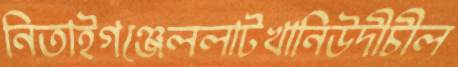
নিতাইগঞ্জেললাটখানিউদীচীল